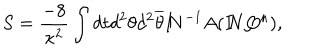
LaTeX: S = \frac { - 8 } { \kappa ^ { 2 } } \int d t d ^ { 2 } \theta d ^ { 2 } \overline { { { \theta } } } { I \! \! N } ^ { - 1 } A ( { I \! \! N } { \bf Q } ^ { \mu } ) ,